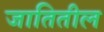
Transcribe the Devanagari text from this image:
जातितील